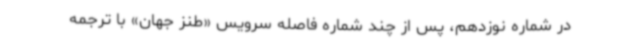
در شماره نوزدهم، پس از چند شماره فاصله سرویس «طنز جهان» با ترجمه‌